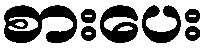
စားပေး